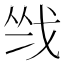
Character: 𢦺